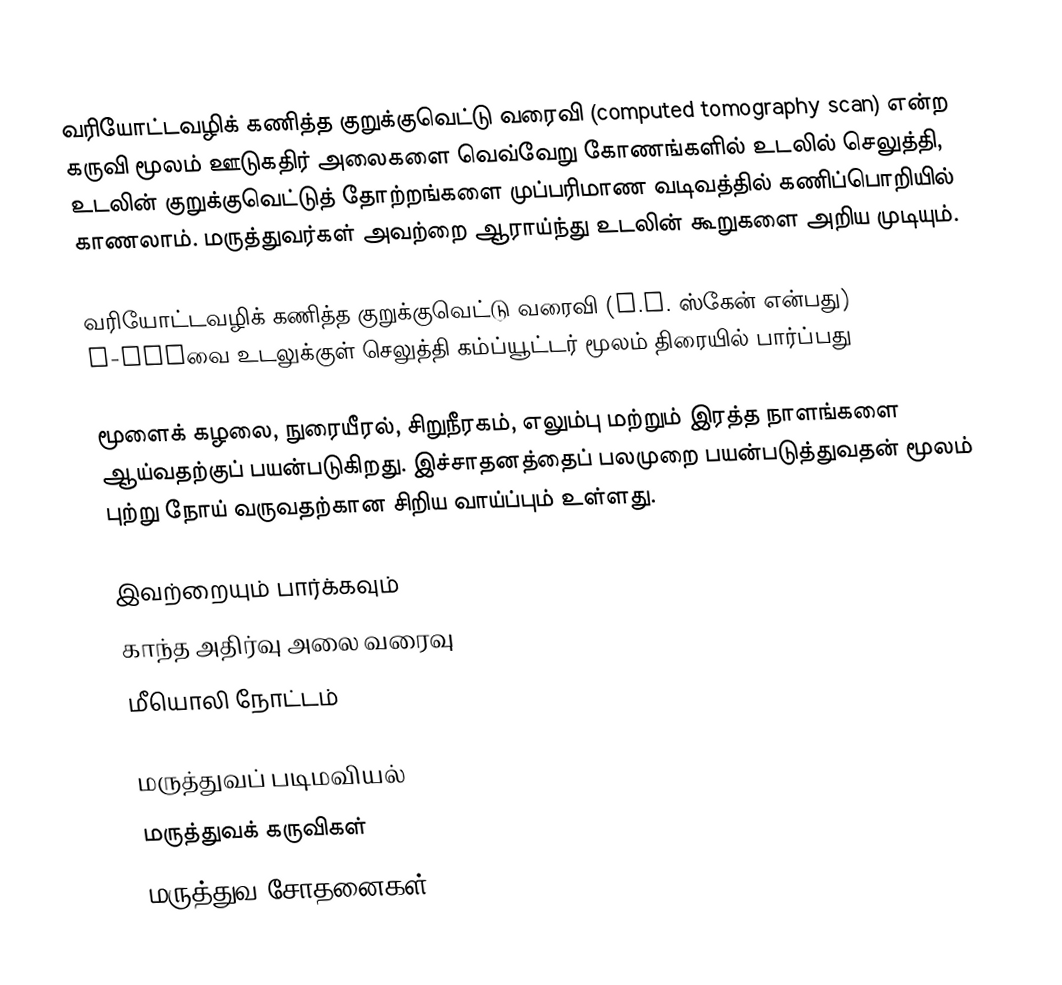
வரியோட்டவழிக் கணித்த குறுக்குவெட்டு வரைவி (computed tomography scan) என்ற கருவி மூலம் ஊடுகதிர் அலைகளை வெவ்வேறு கோணங்களில் உடலில் செலுத்தி, உடலின் குறுக்குவெட்டுத் தோற்றங்களை முப்பரிமாண வடிவத்தில் கணிப்பொறியில் காணலாம். மருத்துவர்கள் அவற்றை ஆராய்ந்து உடலின் கூறுகளை அறிய முடியும்.

வரியோட்டவழிக் கணித்த குறுக்குவெட்டு வரைவி (C.T. ஸ்கேன் என்பது) X-rayவை உடலுக்குள் செலுத்தி கம்ப்யூட்டர் மூலம் திரையில் பார்ப்பது

மூளைக் கழலை, நுரையீரல், சிறுநீரகம், எலும்பு மற்றும் இரத்த நாளங்களை ஆய்வதற்குப் பயன்படுகிறது. இச்சாதனத்தைப் பலமுறை பயன்படுத்துவதன் மூலம் புற்று நோய் வருவதற்கான சிறிய வாய்ப்பும் உள்ளது.

இவற்றையும் பார்க்கவும்
 காந்த அதிர்வு அலை வரைவு
 மீயொலி நோட்டம்

மருத்துவப் படிமவியல்
மருத்துவக் கருவிகள்
மருத்துவ சோதனைகள்